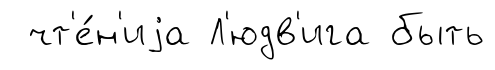
чт'е́н'иjа Л'юдв'ига быть